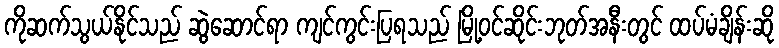
ကိုဆက်သွယ်နိုင်သည် ဆွဲဆောင်ရာ ကျင်ကွင်းပြရသည် မြို့ဝင်ဆိုင်းဘုတ်အနီးတွင် ထပ်မံချိန်းဆို